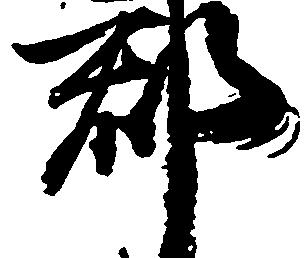
郡